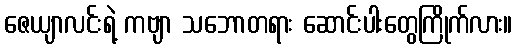
ဇေယျာလင်းရဲ့ ကဗျာ သဘောတရား ဆောင်းပါးတွေကြိုက်လား။